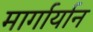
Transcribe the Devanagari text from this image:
मार्गार्यान